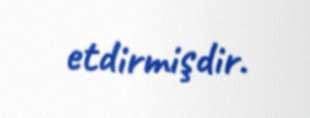
etdirmişdir.